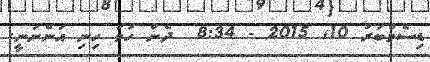
ޑިސެމްބަރު 10